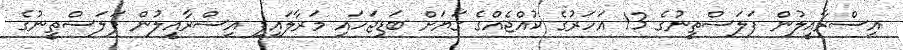
އިސްރާއީލުން ފަލަސްތީނުގެ 13 އަހަރުގެ ކުއްޖެއްގެ ގަޔަށް ބަޑިޖަހައި މަރާލައިފި އިސްރާއީލުން ފަލަސްތީނުގެ